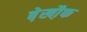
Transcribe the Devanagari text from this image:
बे़खौ़फ